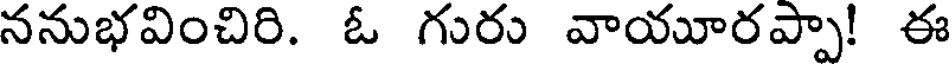
ననుభవించిరి. ఓ గురు వాయూరప్పా! ఈ